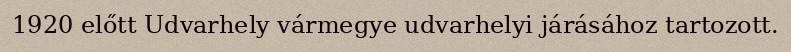
1920 előtt Udvarhely vármegye udvarhelyi járásához tartozott.